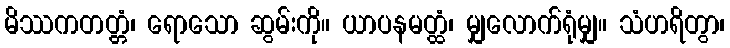
မိဿကတတ္တံ၊ ရောသော ဆွမ်းကို။ ယာပနမတ္ထံ၊ မျှလောက်ရုံမျှ။ သံဟရိတွာ၊